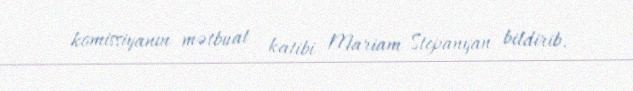
komissiyanın mətbuat katibi Mariam Stepanyan bildirib.